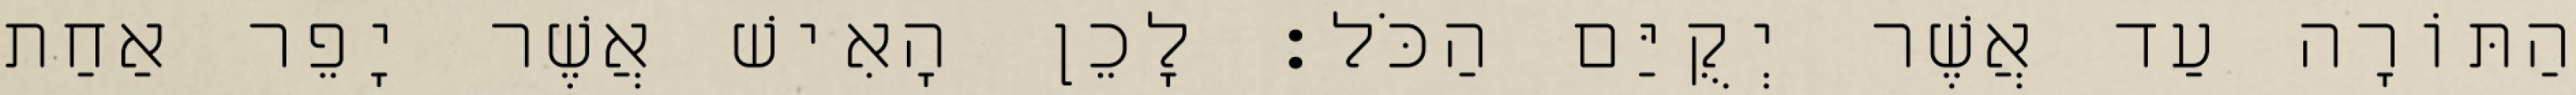
הַתּוֹרָה עַד אֲשֶׁר יְקֻיַּם הַכֹּל׃ לָכֵן הָאִישׁ אֲשֶׁר יָפֵר אַחַת